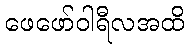
ဖေဖော်ဝါရီလအထိ